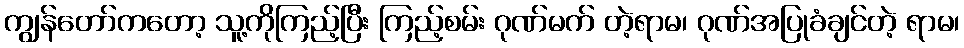
ကျွန်တော်ကတော့ သူ့ကိုကြည့်ပြီး ကြည့်စမ်း ဂုဏ်မက် တဲ့ရာမ၊ ဂုဏ်အပြုခံချင်တဲ့ ရာမ၊